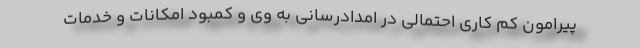
پیرامون کم کاری احتمالی در امدادرسانی به وی و کمبود امکانات و خدمات